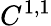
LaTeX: C^{1,1}